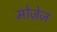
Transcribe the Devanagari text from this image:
मोज़ेज